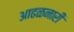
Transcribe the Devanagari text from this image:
आढळनारी